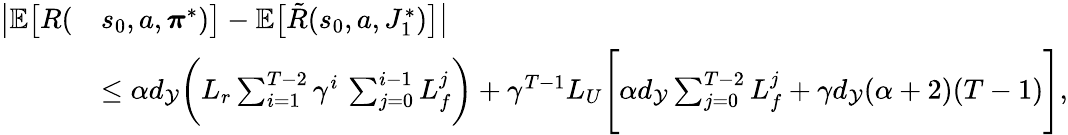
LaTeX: \begin{array}{rl}{\bigl|\mathbb{E}\bigl[R(}&{s_{0},a,\boldsymbol{\pi}^{*})\bigr]-\mathbb{E}\bigl[\tilde{R}(s_{0},a,J_{1}^{*})\bigr]\bigr|}\\ &{\leq\alpha d_{\mathcal{Y}}\biggl(L_{r}\sum_{i=1}^{T-2}\gamma^{i}\, \sum_{j=0}^{i-1}L_{f}^{j}\biggr)+\gamma^{T-1}L_{U}\Biggl[\alpha d_{\mathcal{Y}}\sum_{j=0}^{T-2}L_{f}^{j}+\gamma d_{\mathcal{Y}}(\alpha+2)(T-1)\Biggr],}\end{array}